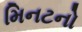
મિનટનો